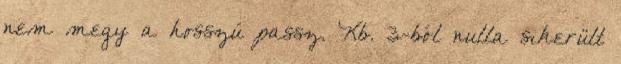
nem megy a hosszú passz. Kb. 3-ból nulla sikerült